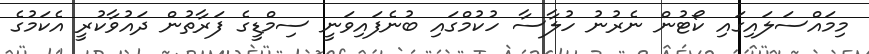
މިމައްސަލައިގައި ކޯޓުން ނެރުނު ހުލާސާ ހުކުމްގައި ބުނެފައިވަނީ ސިމްޑީގެ ފަރާތުން ދައުވާކުރީ އެކަމުގެ